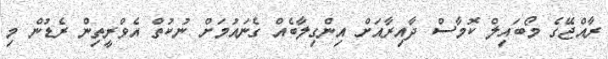
ރާއްޖޭގެ މޯބައިލް ކޮމާސް ދާއިރާއަށް އިންގިލާބެއް ގެނައުމަށް ނުކުތް އެވްރީތިން ރެޑުން މި